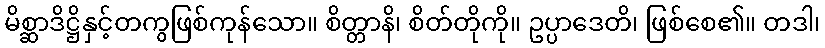
မိစ္ဆာဒိဋ္ဌိနှင့်တကွဖြစ်ကုန်သော။ စိတ္တာနိ၊ စိတ်တိုကို။ ဥပ္ပာဒေတိ၊ ဖြစ်စေ၏။ တဒါ၊